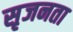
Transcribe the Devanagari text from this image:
सृजनता